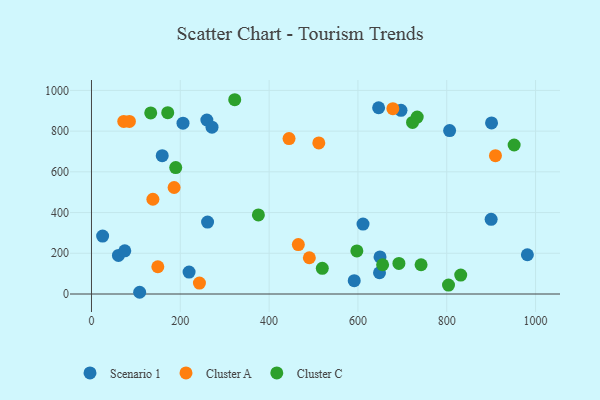
{"axis": {"x": "Speed", "y": "Rating"}, "legend": ["Cluster A", "Cluster C", "Scenario 1"], "data": [{"x": "206.1", "y": 839.3, "type": "Scenario 1"}, {"x": "219.8", "y": 107.5, "type": "Scenario 1"}, {"x": "697.0", "y": 902.2, "type": "Scenario 1"}, {"x": "261.4", "y": 353.3, "type": "Scenario 1"}, {"x": "259.8", "y": 854.6, "type": "Scenario 1"}, {"x": "25.1", "y": 284.6, "type": "Scenario 1"}, {"x": "649.8", "y": 181.9, "type": "Scenario 1"}, {"x": "900.0", "y": 366.7, "type": "Scenario 1"}, {"x": "981.6", "y": 192.8, "type": "Scenario 1"}, {"x": "648.6", "y": 104.4, "type": "Scenario 1"}, {"x": "108.5", "y": 8.5, "type": "Scenario 1"}, {"x": "60.7", "y": 189.7, "type": "Scenario 1"}, {"x": "611.5", "y": 343.4, "type": "Scenario 1"}, {"x": "900.9", "y": 840.3, "type": "Scenario 1"}, {"x": "271.4", "y": 819.4, "type": "Scenario 1"}, {"x": "806.5", "y": 802.7, "type": "Scenario 1"}, {"x": "646.6", "y": 915.0, "type": "Scenario 1"}, {"x": "591.7", "y": 65.4, "type": "Scenario 1"}, {"x": "159.3", "y": 679.7, "type": "Scenario 1"}, {"x": "75.0", "y": 212.1, "type": "Scenario 1"}, {"x": "678.7", "y": 910.3, "type": "Cluster A"}, {"x": "149.4", "y": 134.0, "type": "Cluster A"}, {"x": "511.9", "y": 741.9, "type": "Cluster A"}, {"x": "138.3", "y": 465.4, "type": "Cluster A"}, {"x": "909.7", "y": 679.7, "type": "Cluster A"}, {"x": "186.1", "y": 523.1, "type": "Cluster A"}, {"x": "465.8", "y": 242.8, "type": "Cluster A"}, {"x": "243.1", "y": 53.5, "type": "Cluster A"}, {"x": "72.7", "y": 847.9, "type": "Cluster A"}, {"x": "490.6", "y": 178.0, "type": "Cluster A"}, {"x": "444.9", "y": 763.3, "type": "Cluster A"}, {"x": "85.4", "y": 847.7, "type": "Cluster A"}, {"x": "723.0", "y": 843.0, "type": "Cluster C"}, {"x": "597.6", "y": 211.8, "type": "Cluster C"}, {"x": "692.3", "y": 150.2, "type": "Cluster C"}, {"x": "742.2", "y": 143.8, "type": "Cluster C"}, {"x": "133.4", "y": 889.4, "type": "Cluster C"}, {"x": "655.6", "y": 143.8, "type": "Cluster C"}, {"x": "375.9", "y": 388.6, "type": "Cluster C"}, {"x": "189.7", "y": 620.8, "type": "Cluster C"}, {"x": "733.5", "y": 869.3, "type": "Cluster C"}, {"x": "951.8", "y": 732.0, "type": "Cluster C"}, {"x": "519.8", "y": 125.9, "type": "Cluster C"}, {"x": "831.5", "y": 92.9, "type": "Cluster C"}, {"x": "171.7", "y": 890.6, "type": "Cluster C"}, {"x": "322.6", "y": 954.3, "type": "Cluster C"}, {"x": "804.0", "y": 43.7, "type": "Cluster C"}]}